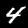
Label: 4